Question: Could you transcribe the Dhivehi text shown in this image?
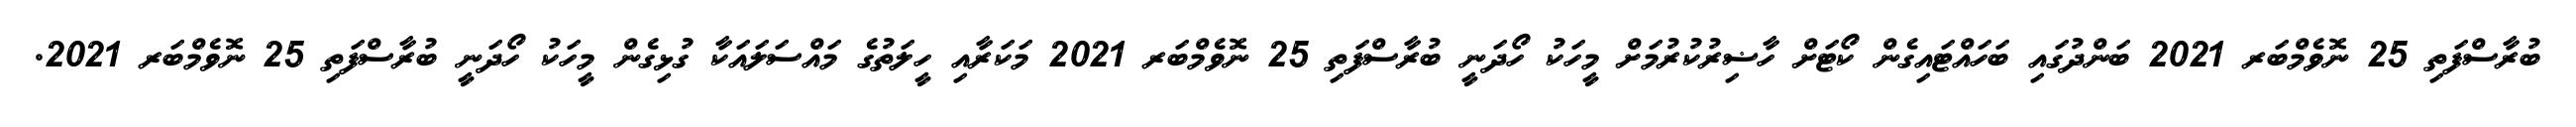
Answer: ބުރާސްފަތި 25 ނޮވެމްބަރ 2021 ބަންދުގައި ބަހައްޓައިގެން ކޯޓަށް ހާޟިރުކުރުމަށް މީހަކު ހޯދަނީ ބުރާސްފަތި 25 ނޮވެމްބަރ 2021 މަކަރާއި ހީލަތުގެ މައްސަލައަކާ ގުޅިގެން މީހަކު ހޯދަނީ ބުރާސްފަތި 25 ނޮވެމްބަރ 2021.